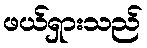
ဖယ်ရှားသည်